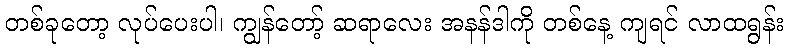
တစ်ခုတော့ လုပ်ပေးပါ၊ ကျွန်တော့် ဆရာလေး အနန်ဒါကို တစ်နေ့ ကျရင် လာထရွန်း